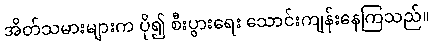
အိတ်သမားများက ပို၍ စီးပွားရေး သောင်းကျန်းနေကြသည်။